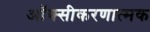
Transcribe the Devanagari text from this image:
ऑक्सीकरणात्मक